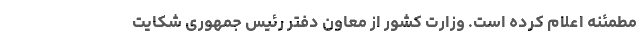
مطمئنه اعلام کرده است. وزارت کشور از معاون دفتر رئیس جمهوری شکایت